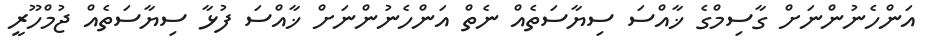
އަންހެނުންނަށް ގާސިމްގެ ޚާއްސަ ސިޔާސަތެއް ނެތް އަންހެނުންނަށް ޚާއްސަ ފުޅާ ސިޔާސަތެއް ޖުމްހޫރީ